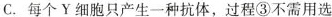
C.每个￥细胞只产生一种抗体，过程③不需用选